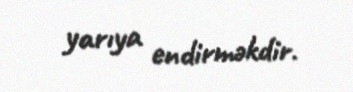
yarıya endirməkdir.